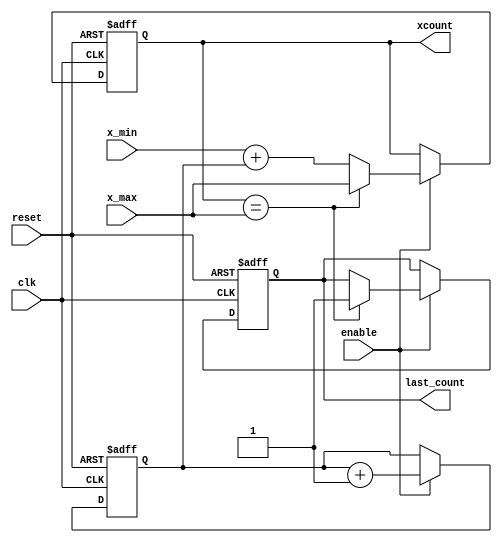
module binary_counter
#(parameter WIDTH=10)
(
	input clk, enable, reset,
	input [WIDTH-1:0] x_min, x_max,
	output reg [WIDTH-1:0] xcount,
	output reg last_count
);

reg [WIDTH-1:0] count;
	// Reset if needed, or increment if counting is enabled
	always @ (posedge clk or posedge reset)
	begin
		if (reset)
			begin
				count <= 0;
				xcount <= 0;
				last_count <= 1'b0;
			end
		else if (enable)
			begin
				xcount <= x_min + count;
				if(xcount == x_max)
					begin
						last_count <= 1'b1;
						xcount <= x_max;
					end
						count <= count + 1'b1;
				
			end
	end

endmodule